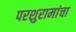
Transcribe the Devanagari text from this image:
परशुरामांचा